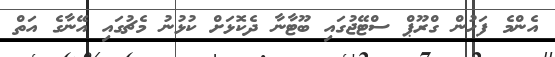
އެންމެ ފަހުން ގްރޫޕް ސްޓޭޖުގައި ބޫޓާނާ ދެކޮޅަށް ކުޅުނު މެޗުގައި އޭނާގެ އަތް